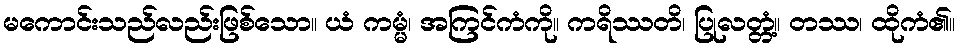
မကောင်းသည်လည်းဖြစ်သော။ ယံ ကမ္မံ၊ အကြင်ကံကို။ ကရိဿတိ၊ ပြုလတ္တံ့။ တဿ၊ ထိုကံ၏။